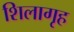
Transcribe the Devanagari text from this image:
शिलागृह